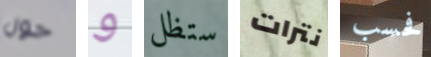
حول و ستظل نترات فحسب